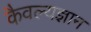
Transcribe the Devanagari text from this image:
कैवल्यज्ञान